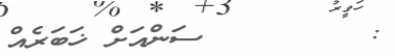
:        ސަންއަށް ޚަބަރެއް